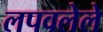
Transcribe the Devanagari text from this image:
लपवलेले